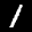
Label: 1